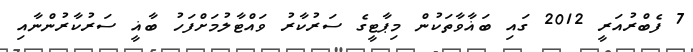
7 ފެބްރުއަރީ 2012 ގައި ބަޣާވާތަކުން މިޕާޓީގެ ސަރުކާރު ވައްޓާލުމަށްފަހު ބާޣީ ސަރުކާރުންނާއި